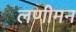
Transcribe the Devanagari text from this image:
लणीमन